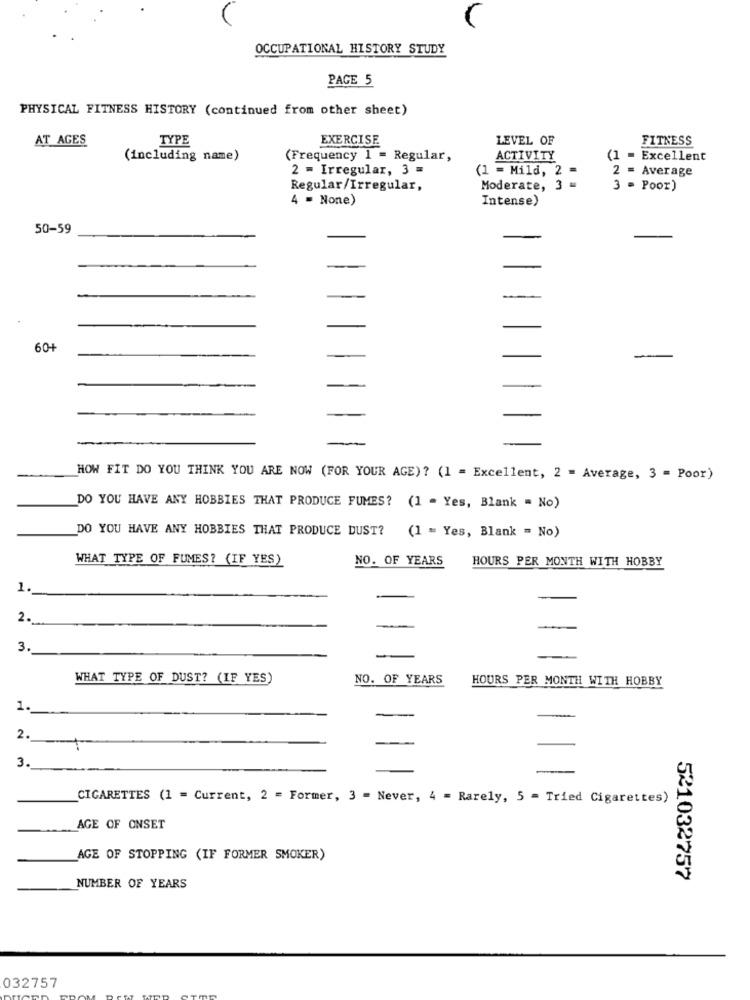
OCCUPATIONAL HISTORY STUDY
PAGE 5
PHYSICAL FITNESS HISTORY (continued from other sheet)
TYPE
EXERCISE
LEVEL OF
FITNESS
AT_AGES
(including name)
(Frequency 1 = Regular,
ACTIVITY
(1 = Excellent
2 = Irregular, 3 =
(1 = Mild, 2 =
2 = Average
Regular/Irregular,
Moderate, 3 =
3 - Poor)
4 = None)
Intense)
50-59
60+
HOW FIT DO YOU THINK YOU ARE NOW (FOR YOUR AGE)? (1 = Excellent, 2 = Average, 3 = Poor)
DO YOU HAVE ANY HOBBIES THAT PRODUCE FUMES? (1 - Yes, Blank " No)
DO YOU HAVE ANY HOBBIES THAT PRODUCE DUST?
(1 = Yes, Blank = No)
WHAT TYPE OF FUMES? (IF YES)
NO. OF YEARS
HOURS PER MONTH WITH HOBBY
1.
2.
3.
WHAT TYPE OF DUST? (IF YES)
NO. OF YEARS
HOURS PER MONTH WITH HOBBY
1.
2.
3.
CIGARETTES (1 = Current, 2 = Former, 3 = Never, 4 = Rarely, 5 = Tried Cigarettes)
AGE OF ONSET
AGE OF STOPPING (IF FORMER SMOKER)
521032757
NUMBER OF YEARS
032757